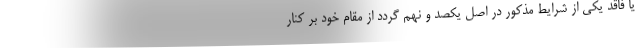
یا فاقد یکی از شرایط مذکور در اصل یکصد و نهم گردد از مقام خود بر کنار